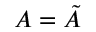
A = { \tilde { A } }